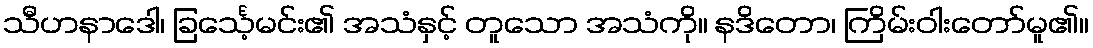
သီဟနာဒေါ၊ ခြင်္သေ့မင်း၏ အသံနှင့် တူသော အသံကို။ နဒိတော၊ ကြိမ်းဝါးတော်မူ၏။